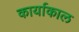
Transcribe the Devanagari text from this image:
कार्याकाल